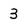
Character: 3